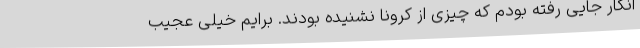
انگار جایی رفته بودم که چیزی از کرونا نشنیده بودند. برایم خیلی عجیب